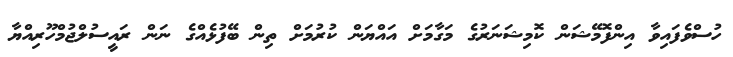
ހުސްވެފައިވާ އިންފޮމޭޝަން ކޮމިޝަނަރުގެ މަގާމަށް އައްޔަން ކުރުމަށް ތިން ބޭފުޅެއްގެ ނަން ރައީސުލްޖުމްހޫރިއްޔާ